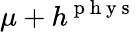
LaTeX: \mu+h^{\mathrm{~p~h~y~s~}}